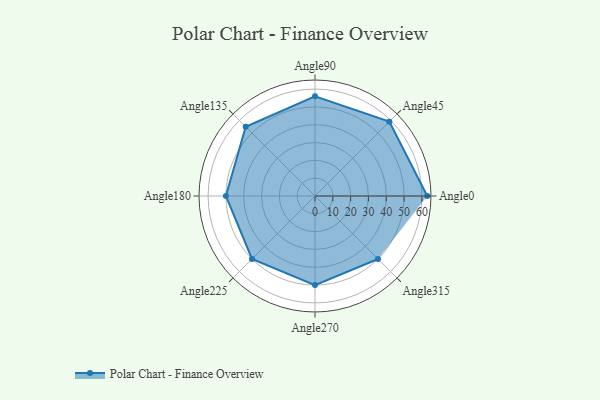
{"axis": {"x": "Angle", "y": "Radius"}, "legend": [""], "data": [{"x": "Angle0", "y": 63.0, "type": ""}, {"x": "Angle45", "y": 59.0, "type": ""}, {"x": "Angle90", "y": 56.0, "type": ""}, {"x": "Angle135", "y": 55.0, "type": ""}, {"x": "Angle180", "y": 50, "type": ""}, {"x": "Angle225", "y": 50, "type": ""}, {"x": "Angle270", "y": 50, "type": ""}, {"x": "Angle315", "y": 50, "type": ""}]}